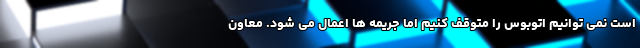
است نمی توانیم اتوبوس را متوقف کنیم اما جریمه ها اعمال می شود. معاون